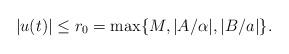
LaTeX: \begin{align*}|u(t)|\leq r_0 = \max\{M,|A/\alpha|,|B/a|\}.\end{align*}